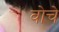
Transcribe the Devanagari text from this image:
वोचे